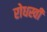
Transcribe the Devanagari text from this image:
रोधस्वी